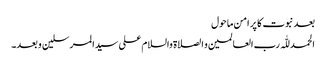
بعد نبوت کا پر امن ماحول
الحمد للّٰہ رب العالمین و الصلاۃ والسلام علی سیدالمرسلین و بعد۔